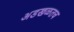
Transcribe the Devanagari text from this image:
अडखळतच